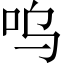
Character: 呜